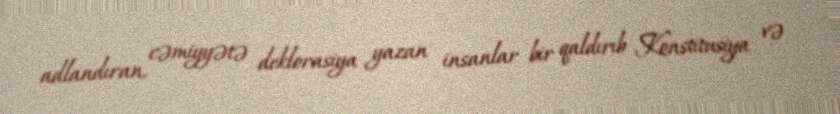
adlandıran, cəmiyyətə deklorasiya yazan insanlar bir qaldırıb Konstitusiya və